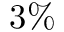
3 \%